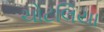
ચોટલિયા